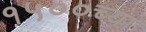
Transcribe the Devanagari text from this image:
१५००च्या